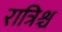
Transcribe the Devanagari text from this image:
रात्रिश्च